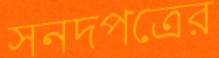
সনদপত্রের